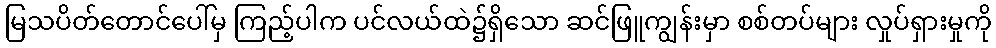
မြသပိတ်တောင်ပေါ်မှ ကြည့်ပါက ပင်လယ်ထဲ၌ရှိသော ဆင်ဖြူကျွန်းမှာ စစ်တပ်များ လှုပ်ရှားမှုကို